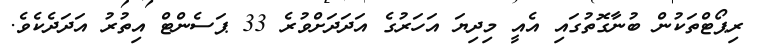
ރިޕޯޓްތަކުން ބުނާގޮތުގައި އެއީ މިދިޔަ އަހަރުގެ އަދަދަށްވުރެ 33 ޕަސެންޓް އިތުރު އަދަދެކެވެ.